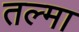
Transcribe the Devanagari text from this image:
तल्मा